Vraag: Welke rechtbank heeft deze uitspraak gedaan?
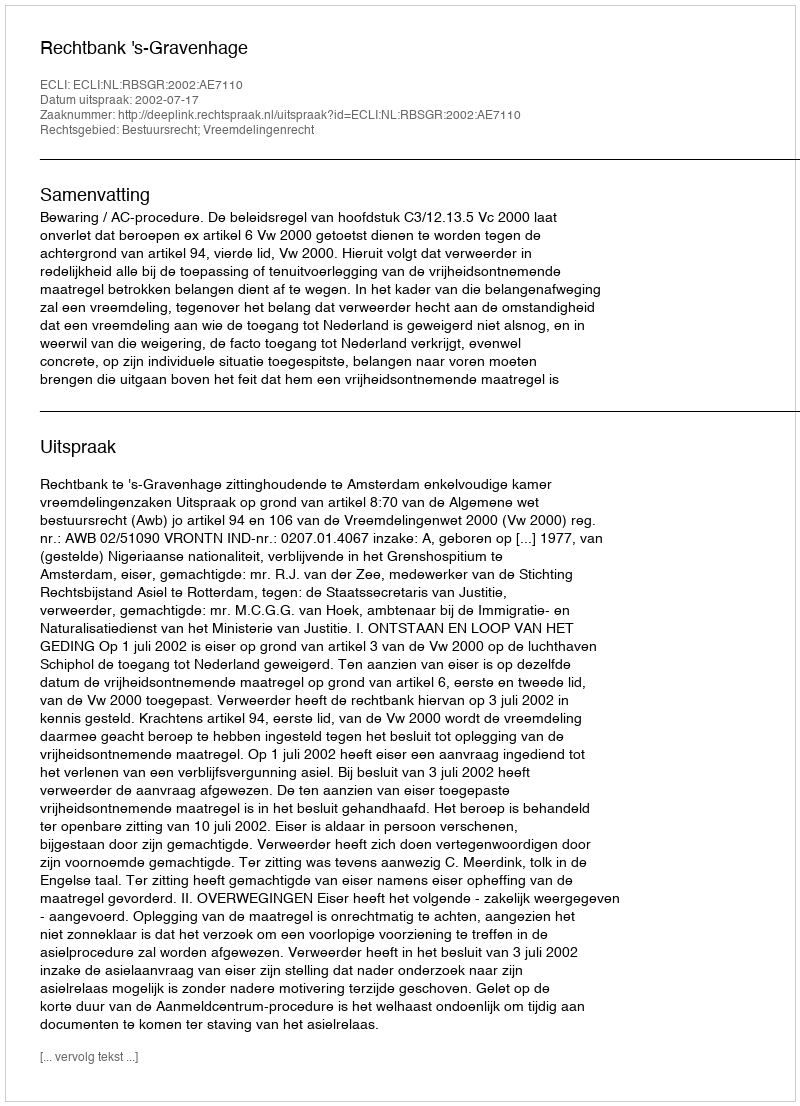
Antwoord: Rechtbank 's-Gravenhage